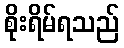
စိုးရိမ်ရသည်